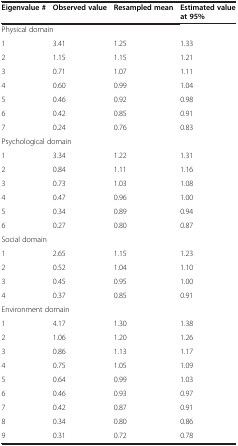
<table><thead><tr><td><b>Eigenvalue #</b></td><td><b>Observed value</b></td><td><b>Resampled mean</b></td><td><b>Estimated value at 95%</b></td></tr></thead><tbody><tr><td colspan="2">Physical domain</td><td></td><td></td></tr><tr><td>1</td><td>3.41</td><td>1.25</td><td>1.33</td></tr><tr><td>2</td><td>1.15</td><td>1.15</td><td>1.21</td></tr><tr><td>3</td><td>0.71</td><td>1.07</td><td>1.11</td></tr><tr><td>4</td><td>0.60</td><td>0.99</td><td>1.04</td></tr><tr><td>5</td><td>0.46</td><td>0.92</td><td>0.98</td></tr><tr><td>6</td><td>0.42</td><td>0.85</td><td>0.91</td></tr><tr><td>7</td><td>0.24</td><td>0.76</td><td>0.83</td></tr><tr><td colspan="2">Psychological domain</td><td></td><td></td></tr><tr><td>1</td><td>3.34</td><td>1.22</td><td>1.31</td></tr><tr><td>2</td><td>0.84</td><td>1.11</td><td>1.16</td></tr><tr><td>3</td><td>0.73</td><td>1.03</td><td>1.08</td></tr><tr><td>4</td><td>0.47</td><td>0.96</td><td>1.00</td></tr><tr><td>5</td><td>0.34</td><td>0.89</td><td>0.94</td></tr><tr><td>6</td><td>0.27</td><td>0.80</td><td>0.87</td></tr><tr><td colspan="2">Social domain</td><td></td><td></td></tr><tr><td>1</td><td>2.65</td><td>1.15</td><td>1.23</td></tr><tr><td>2</td><td>0.52</td><td>1.04</td><td>1.10</td></tr><tr><td>3</td><td>0.45</td><td>0.95</td><td>1.00</td></tr><tr><td>4</td><td>0.37</td><td>0.85</td><td>0.91</td></tr><tr><td colspan="2">Environment domain</td><td></td><td></td></tr><tr><td>1</td><td>4.17</td><td>1.30</td><td>1.38</td></tr><tr><td>2</td><td>1.06</td><td>1.20</td><td>1.26</td></tr><tr><td>3</td><td>0.86</td><td>1.13</td><td>1.17</td></tr><tr><td>4</td><td>0.75</td><td>1.05</td><td>1.09</td></tr><tr><td>5</td><td>0.64</td><td>0.99</td><td>1.03</td></tr><tr><td>6</td><td>0.46</td><td>0.93</td><td>0.97</td></tr><tr><td>7</td><td>0.42</td><td>0.87</td><td>0.91</td></tr><tr><td>8</td><td>0.34</td><td>0.80</td><td>0.86</td></tr><tr><td>9</td><td>0.31</td><td>0.72</td><td>0.78</td></tr></tbody></table>